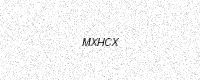
Text: MXHCX